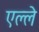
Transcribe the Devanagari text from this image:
एल्ले